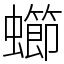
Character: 䗻